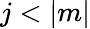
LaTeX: j<|m|